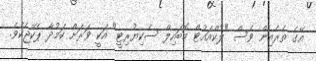
އޭގެ ތެރެއިން ވެސް "ލުކްއައުޓް މޮބައިލް ސެކިޔުރިޓީ" އަކީ ވަރަށް ކަމުދާ ޕެކޭޖެކެވެ.